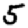
Digit: 5